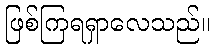
ဖြစ်ကြရရှာလေသည်။